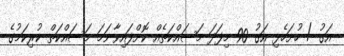
އަގު / ހުށަހެޅި އަގު 90 މިފަދަ މަސައްކަތެއް ކޮށްފައިވާނަމަ މަސައްކަތް ކުރިކަމުގެ